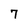
Character: 7